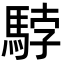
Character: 𩣡